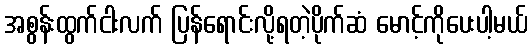
အစွန်းထွက်ငါးလက် ပြန်ရောင်းလို့ရတဲ့ပိုက်ဆံ မောင့်ကိုပေးပါ့မယ်